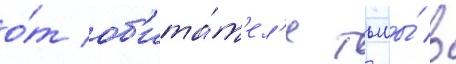
о́т об'ита́т'ел'я тьмы́ в